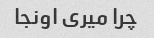
چرا میری اونجا